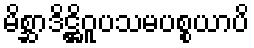
မိစ္ဆာဒိဋ္ဌိဝူပသမပစ္စယာပိ